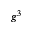
g ^ { 3 }